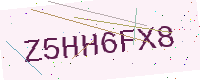
Text: Z5HH6FX8